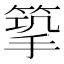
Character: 𢲿